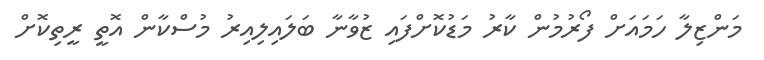
މަންޒިލާ ހަމައަށް ފޯރުމުން ކާރު މަޑުކޮށްފައި ޒުވާނާ ބަލައިލިއިރު މުސްކާން އޮތީ ރީތިކޮށް